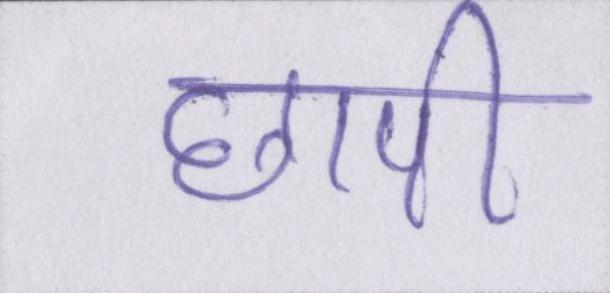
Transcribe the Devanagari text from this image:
छापी